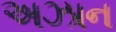
અઝાન